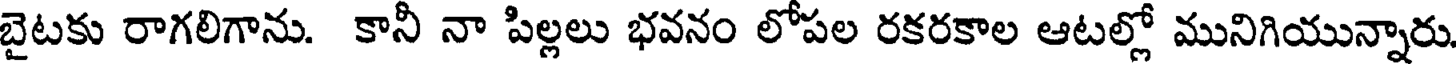
బైటకు రాగలిగాను. కానీ నా పిల్లలు భవనం లోపల రకరకాల ఆటల్లో మునిగియున్నారు